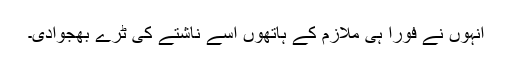
انہوں نے فوراً ہی ملازم کے ہاتھوں اسے ناشتے کی ٹرے بھجوادی۔